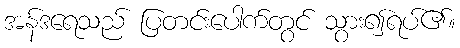
အန်ဒရေသည် ပြတင်းပေါက်တွင် သွား၍ရပ်၏။